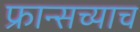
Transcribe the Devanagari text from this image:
फ्रान्सच्याच